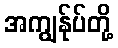
အကျွန်ုပ်တို့